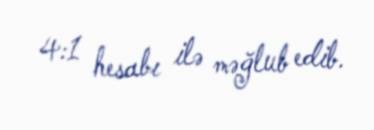
4:1 hesabı ilə məğlub edib.